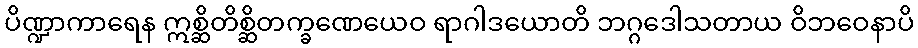
ပိဏ္ဍာကာရေန ဣစ္ဆိတိစ္ဆိတက္ခဏေယေဝ ရာဂါဒယောတိ ဘဂ္ဂဒေါသတာယ ဝိဘဝေနာပိ